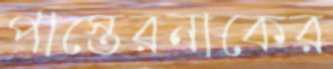
পাস্তেরনাকের